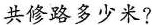
共修路多少米?